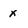
Character: x